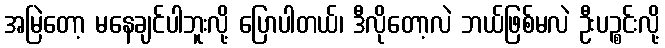
အမြဲတော့ မနေချင်ပါဘူးလို့ ပြောပါတယ်၊ ဒီလိုတော့လဲ ဘယ်ဖြစ်မလဲ ဦးပဉ္စင်းလို့